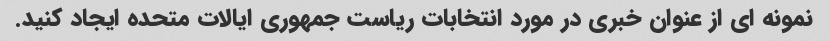
نمونه ای از عنوان خبری در مورد انتخابات ریاست جمهوری ایالات متحده ایجاد کنید.